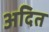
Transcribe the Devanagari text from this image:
अदित